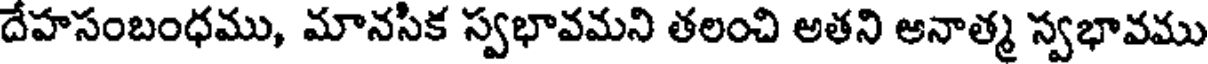
దేహసంబంధము, మానసిక స్వభావమని తలంచి అతని అనాత్మ స్వభావము